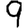
Digit: 9